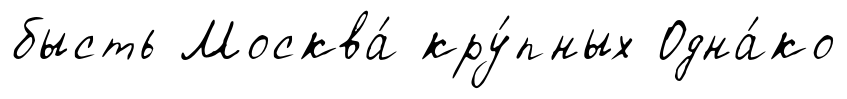
бысть Москва́ кру́пных Одна́ко